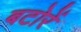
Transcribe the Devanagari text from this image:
बटोरें